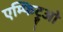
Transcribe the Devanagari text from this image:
एम्फिट्रूओ